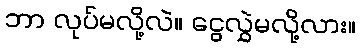
ဘာ လုပ်မလို့လဲ။ ငွေလွှဲမလို့လား။